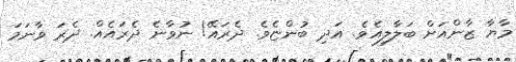
މާޔާ ޒާންއަށް ބަލާލިއެވެ. އަދި ބުންޏެވެ. ދެރައޭ! ނުވާނެ ދެރައެއް. ދެރަ ވާނަމަ